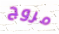
مروج